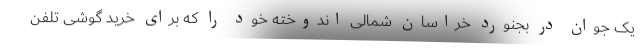
یک جوان در بجنورد خراسان شمالی اندوخته خود را که برای خرید گوشی تلفن